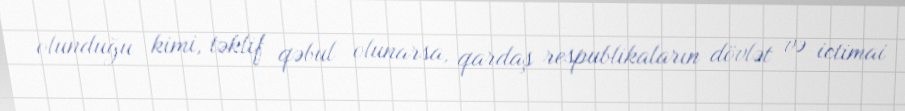
olunduğu kimi, təklif qəbul olunarsa, qardaş respublikaların dövlət və ictimai